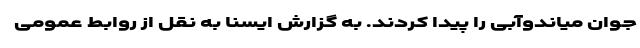
جوان میاندوآبی را پیدا کردند. به گزارش ایسنا به نقل از روابط عمومی